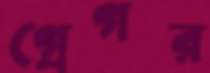
গ্রেগর